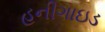
હનીગાઇડ